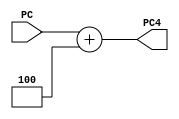
module pcadd4 (input [31:0] PC, output [31:0] PC4);
assign PC4= PC + 32'd4 ; 
endmodule